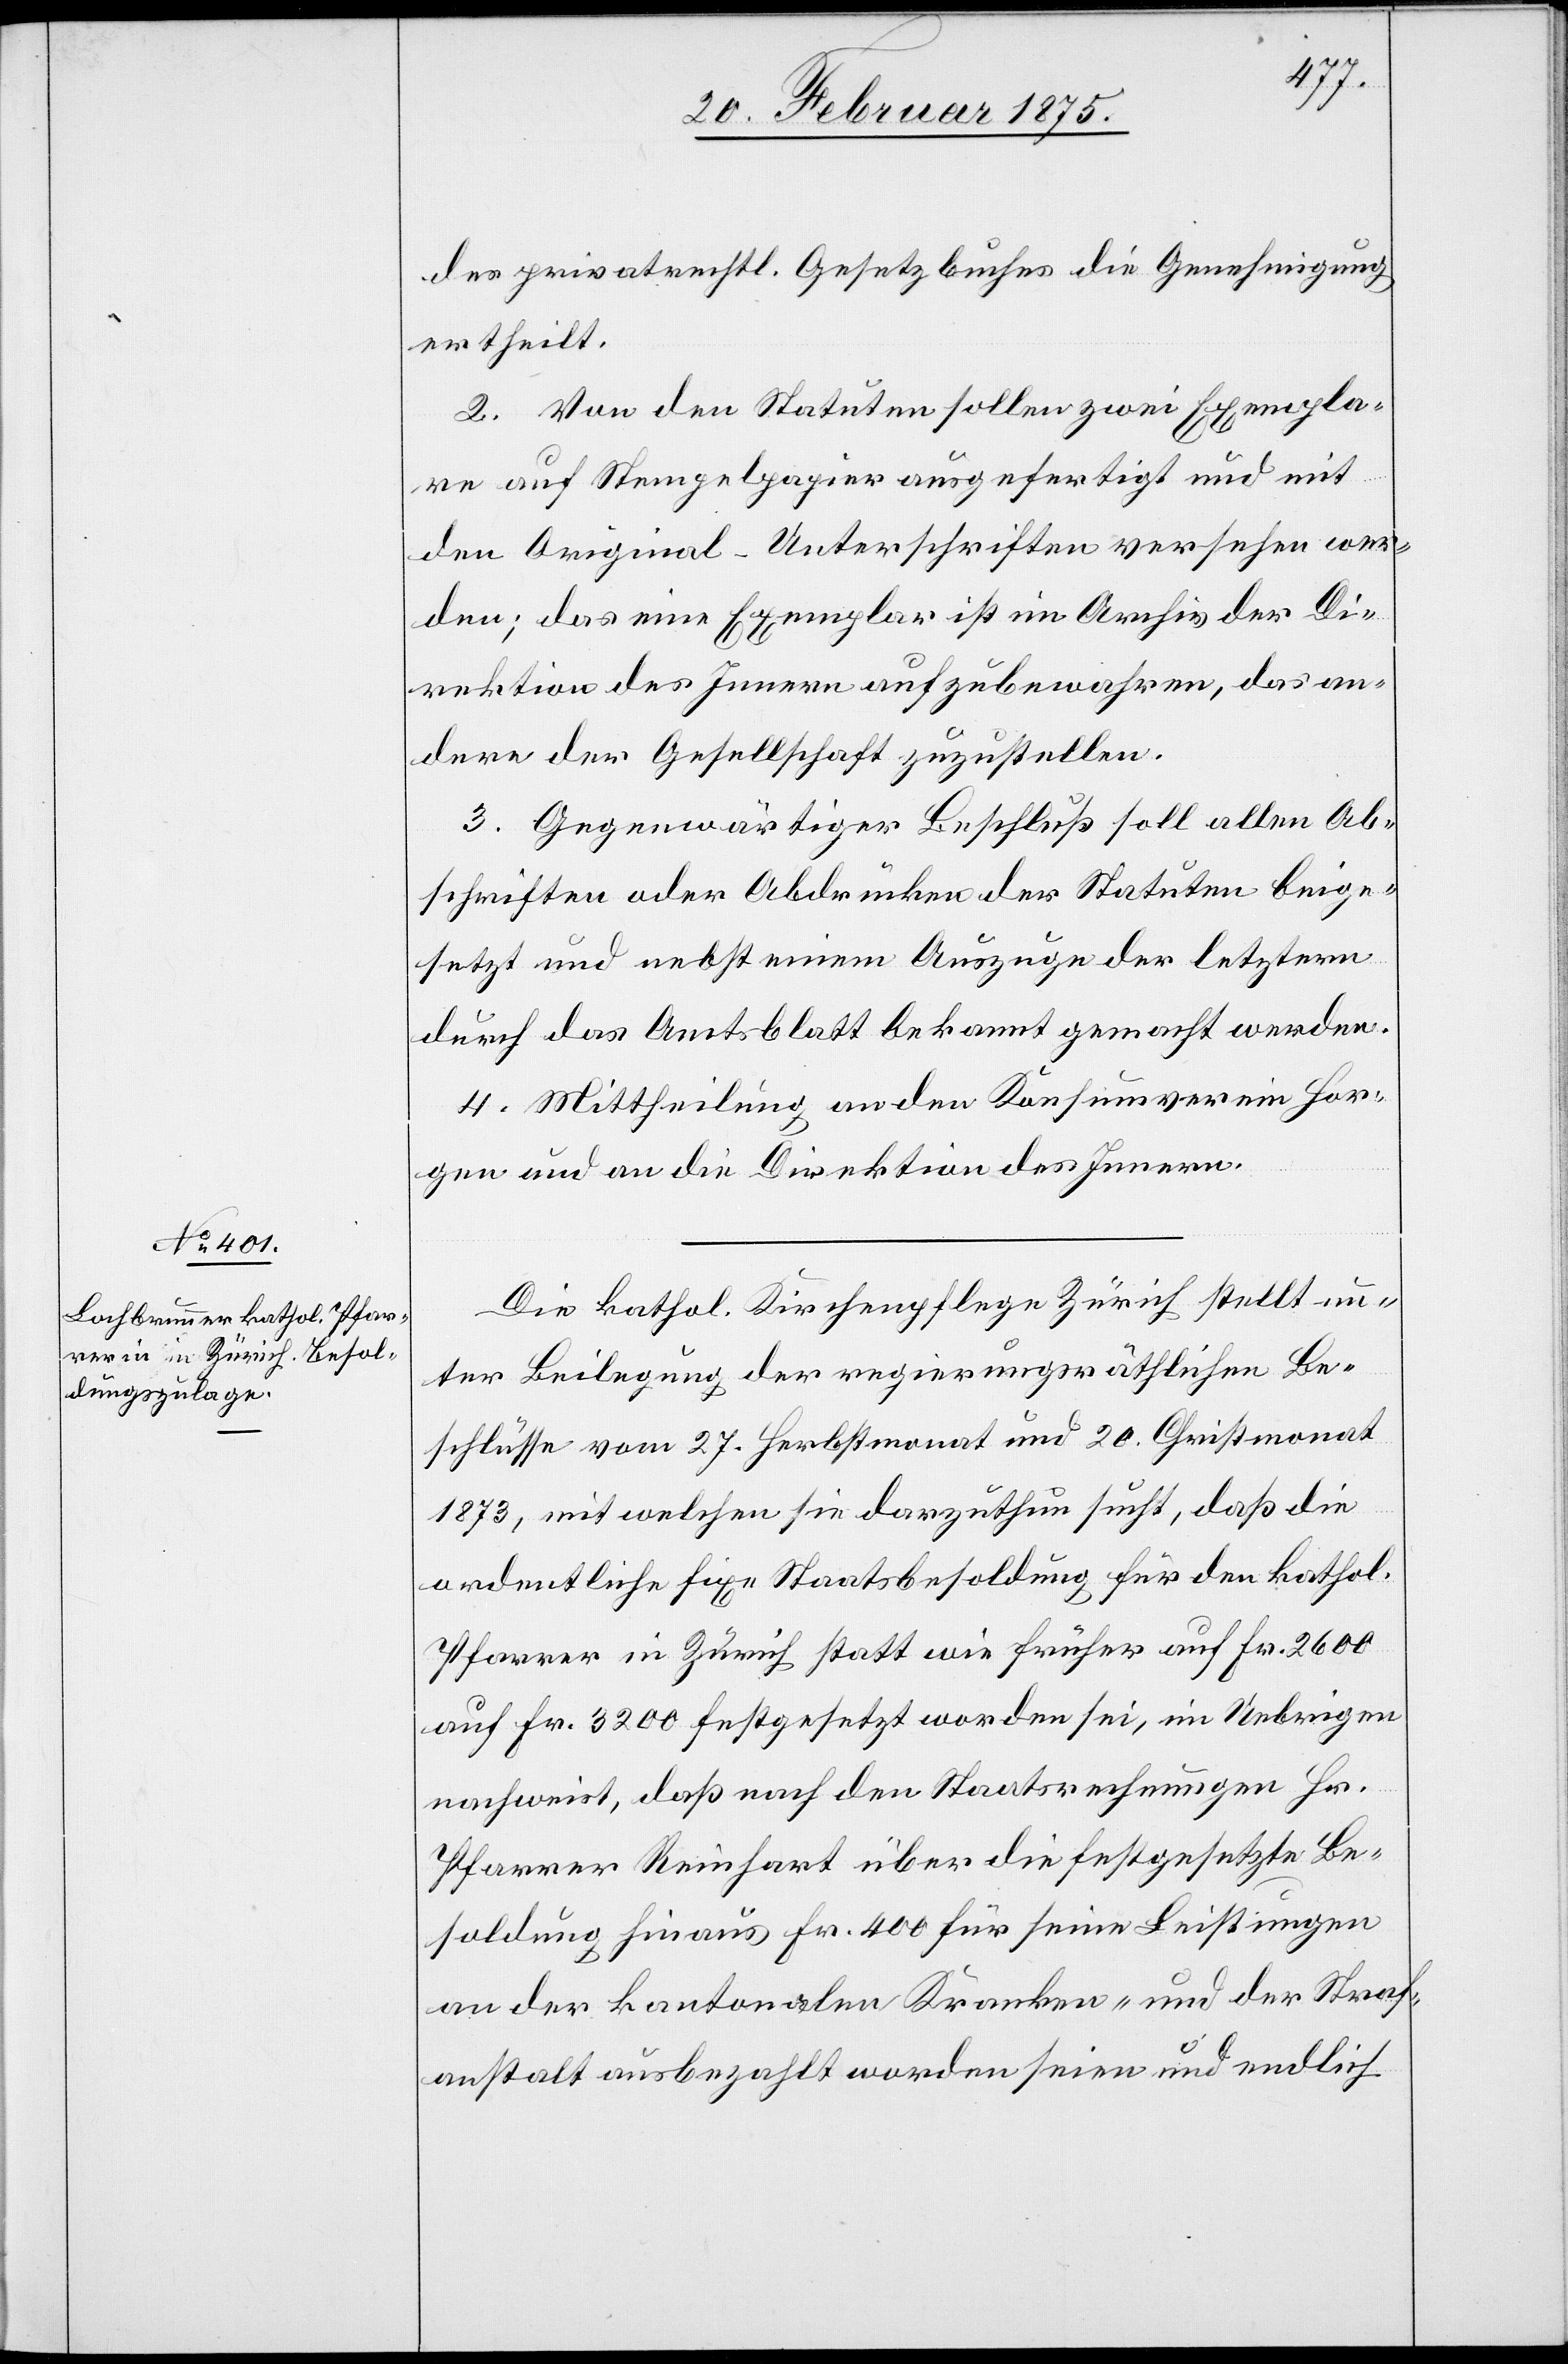
des privatrechtl. Gesetzbuches die Genehmigung
ertheilt.
2. Von den Statuten sollen zwei Exempla¬
re auf Stempelpapier ausgefertigt und mit
den Original-Unterschriften versehen wer¬
den; das eine Exemplar ist im Archiv der Di¬
rektion des Innern aufzubewahren, das an¬
dere der Gesellschaft zuzustellen.
3. Gegenwärtiger Beschluß soll allen Ab¬
schriften oder Abdrücken der Statuten beige¬
setzt und nebst einem Auszuge der letztern
durch das Amtsblatt bekannt gemacht werden.
4. Mittheilung an den Konsumverein Hor¬
gen und an die Direktion des Innern.
Die kathol. Kirchenpflege Zürich stellt un¬
ter Beilegung der regierungsräthlichen Be¬
schlüsse vom 27. Herbstmonat und 20. Christmonat
1873, mit welchen sie darzuthun sucht, daß die
ordentliche fixe Staatsbesoldung für den kathol.
Pfarrer in Zürich statt wie früher auf Fr. 2600
auf Fr. 3200 festgesetzt worden sei, im Uebrigen
nachweist, daß nach den Staatsrechnungen Hr.
Pfarrer Reinhart über die festgesetzte Be¬
soldung hinaus Fr. 400 für seine Leistungen
an der kantonalen Kranken- und der Straf¬
anstalt ausbezahlt worden seien und endlich